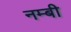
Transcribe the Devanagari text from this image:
नम्बी